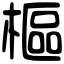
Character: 樞